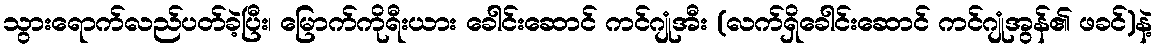
သွားရောက်လည်ပတ်ခဲ့ပြီး၊ မြောက်ကိုရီးယား ခေါင်းဆောင် ကင်ဂျုံအီး (လက်ရှိခေါင်းဆောင် ကင်ဂျုံအွန်၏ ဖခင်)နဲ့